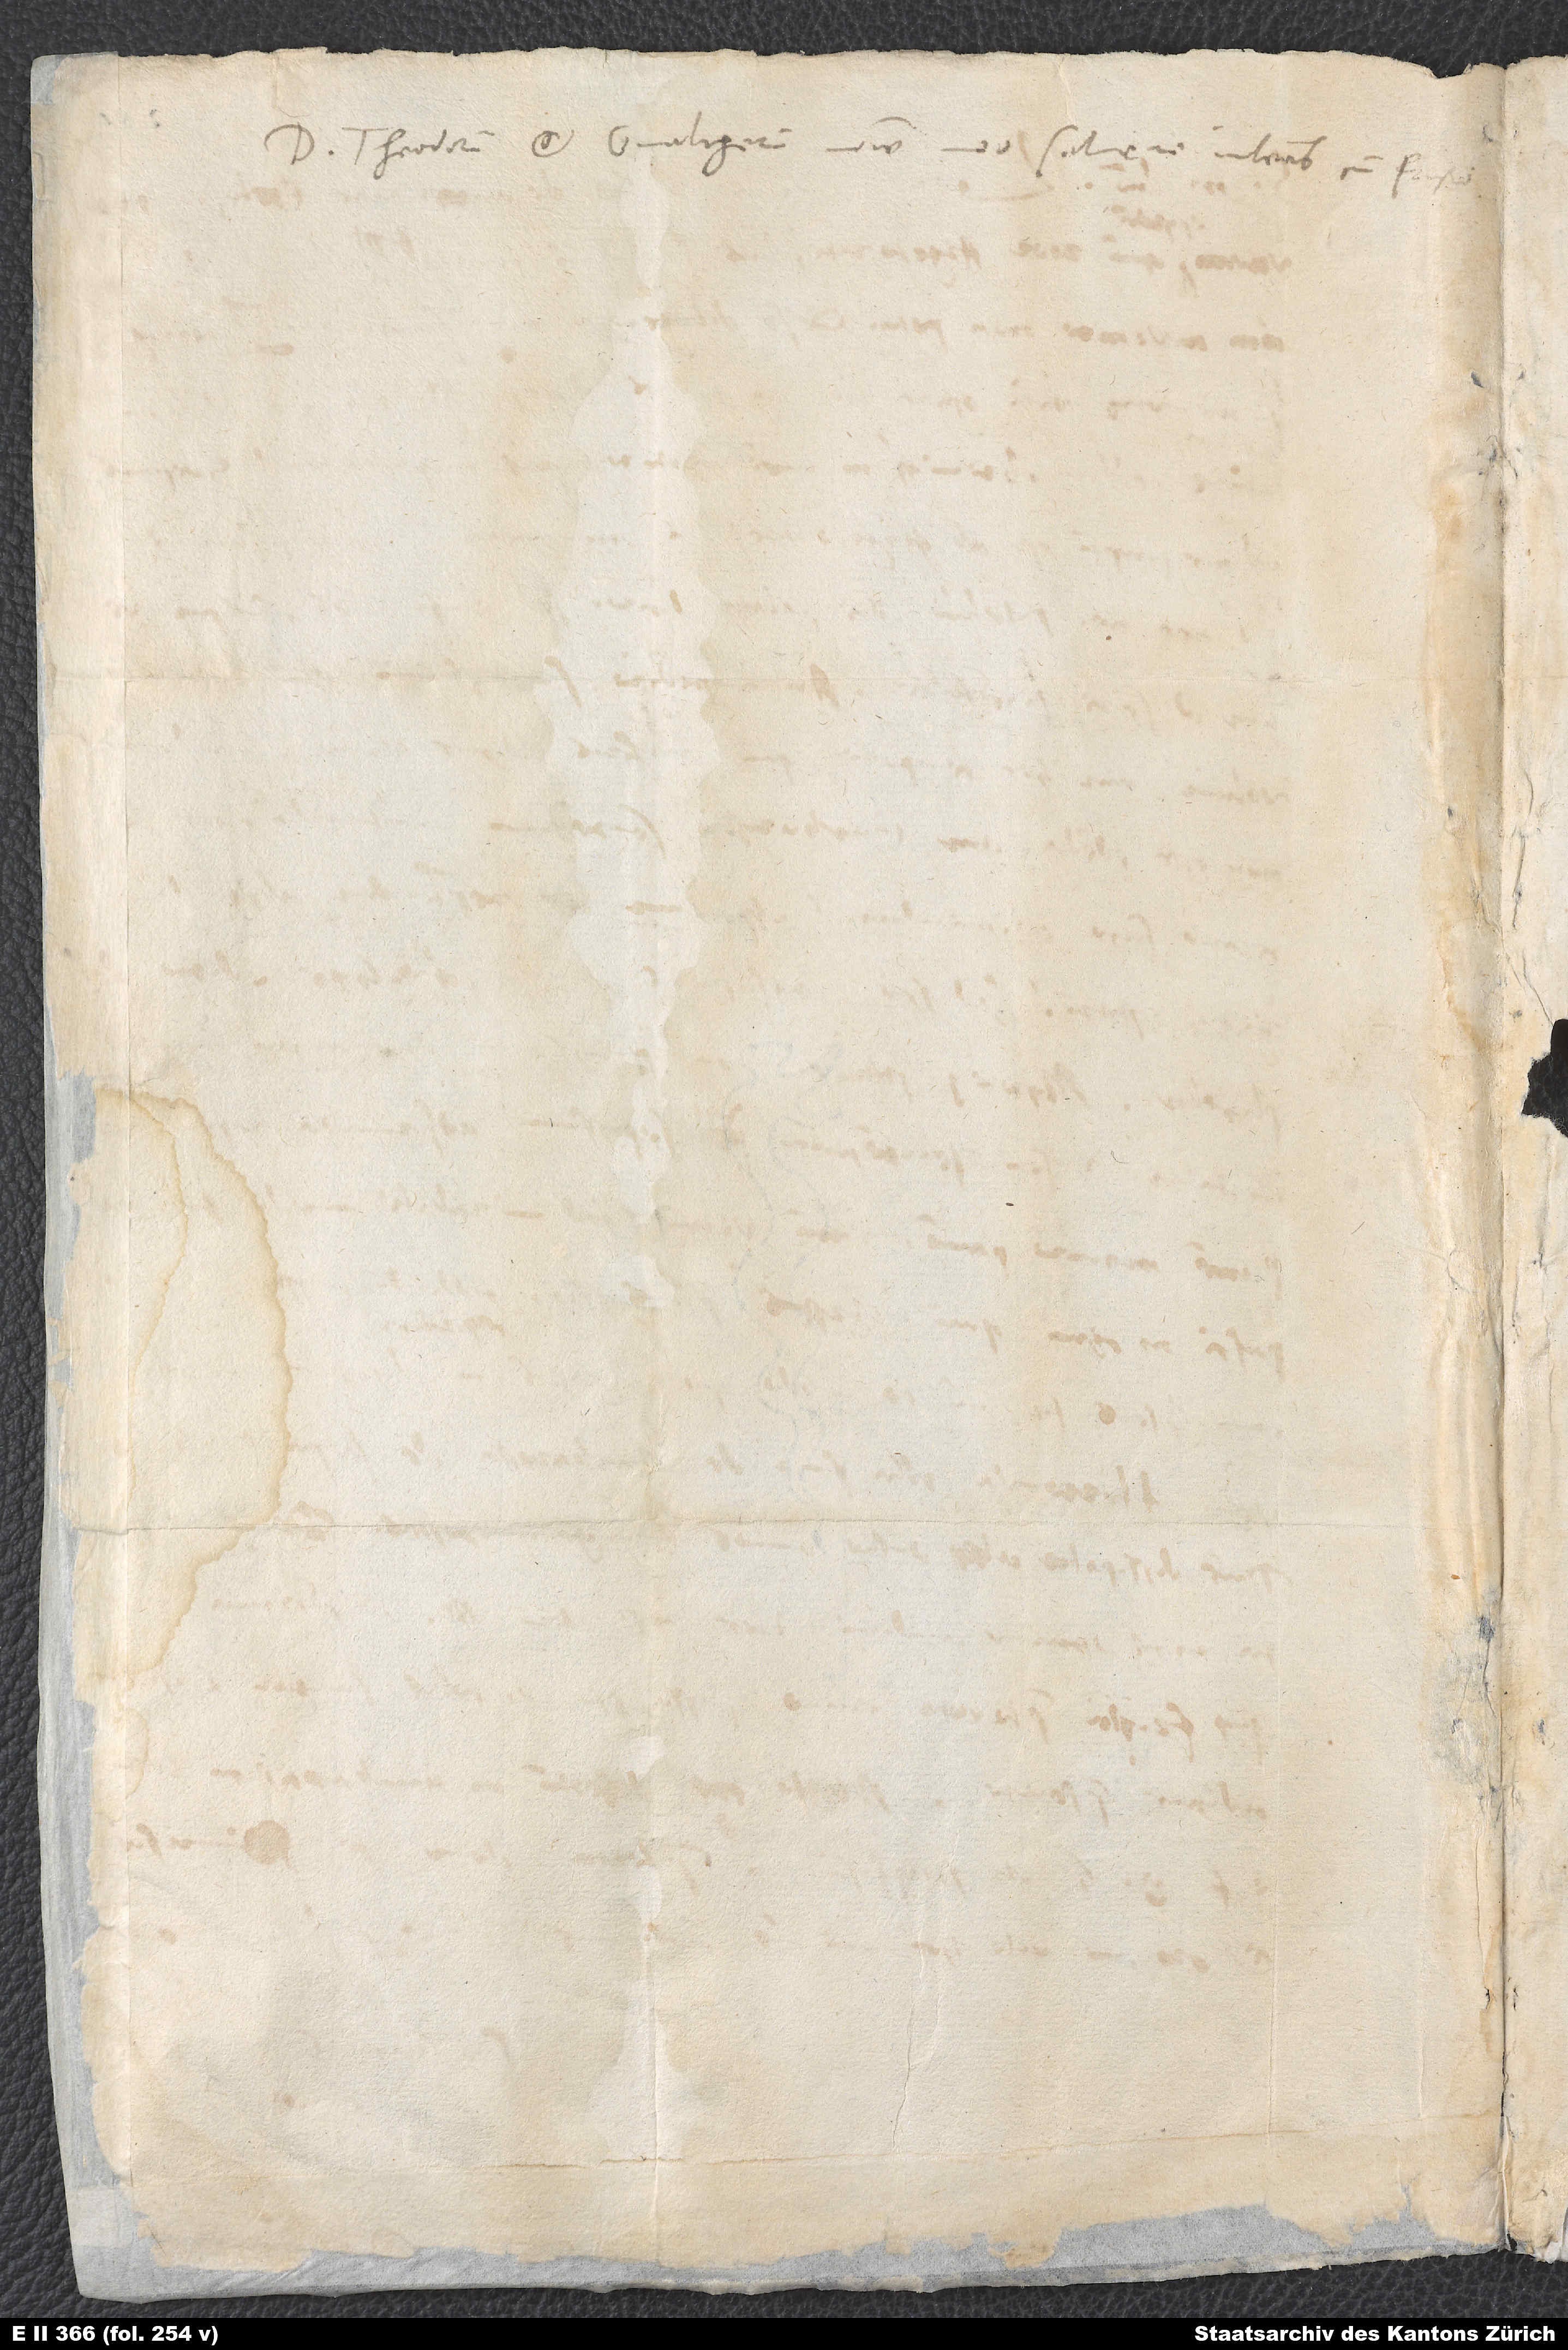
D. Theodorum et Gvaltherum nomine meo salvere iubeas cum Frisio.